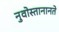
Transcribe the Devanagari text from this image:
नुवोस्तानानते